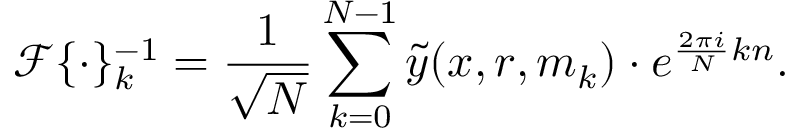
\mathcal { F } \{ \cdot \} _ { k } ^ { - 1 } = \frac { 1 } { \sqrt { N } } \sum _ { k = 0 } ^ { N - 1 } \tilde { y } ( x , r , m _ { k } ) \cdot e ^ { \frac { 2 \pi i } { N } k n } .